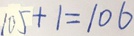
1 0 5 + 1 = 1 0 6